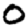
Digit: 0